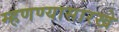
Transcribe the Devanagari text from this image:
म्हणण्यासारखे